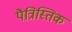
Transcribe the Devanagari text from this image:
पैत्रिस्तिक